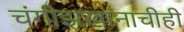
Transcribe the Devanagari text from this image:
चंगीझखानाचीही